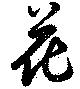
花